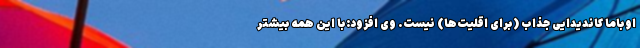
اوباما کاندیدایی جذاب (برای اقلیت‌ها) نیست. وی افزود:با این همه بیشتر